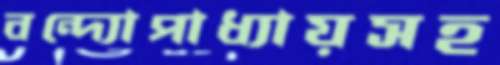
বন্দ্যোপাধ্যায়সহ